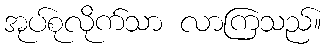
အုပ်စုလိုက်သာ လာကြသည်။